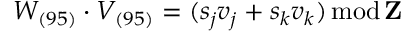
W _ { ( 9 5 ) } \cdot V _ { ( 9 5 ) } = ( s _ { j } v _ { j } + s _ { k } v _ { k } ) \mathrm { \, m o d \, } { \bf Z }